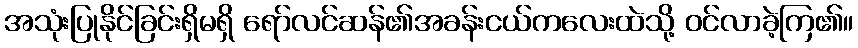
အသုံးပြုနိုင်ခြင်းရှိမရှိ ရော်လင်ဆန်၏အခန်းငယ်ကလေးထဲသို့ ဝင်လာခဲ့ကြ၏။